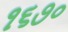
૧૬૭૦